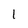
Character: 1